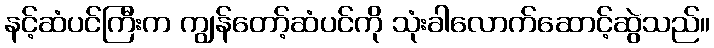
နင့်ဆံပင်ကြီးက ကျွန်တော့်ဆံပင်ကို သုံးခါလောက်ဆောင့်ဆွဲသည်။